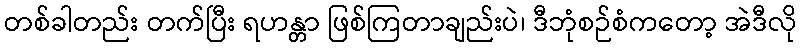
တစ်ခါတည်း တက်ပြီး ရဟန္တာ ဖြစ်ကြတာချည်းပဲ၊ ဒီဘုံစဉ်စံကတော့ အဲဒီလို